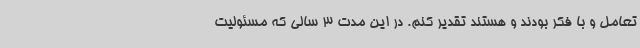
تعامل و با فکر بودند و هستند تقدیر کنم. در این مدت 3 سالی که مسئولیت